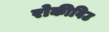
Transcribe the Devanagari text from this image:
रोकीविउ